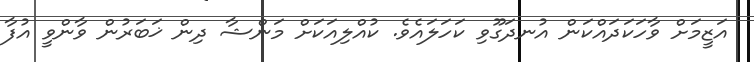
އަޒީމަށް ވާހަކަދައްކަން އުނދަގޫވި ކަހަލައެވެ. ކުއްލިއަކަށް މަންޝާ ދިން ޚަބަރުން ވާންވީ އުފާ